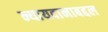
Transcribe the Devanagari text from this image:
न्यायदानाबद्दल